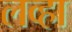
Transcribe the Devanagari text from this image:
लव्हा